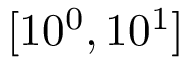
[ 1 0 ^ { 0 } , 1 0 ^ { 1 } ]